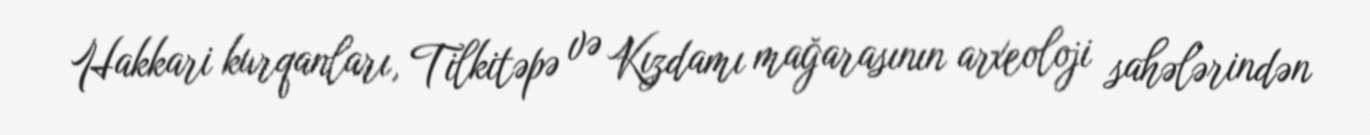
Hakkari kurqanları, Tilkitəpə və Kızdamı mağarasının arxeoloji sahələrindən